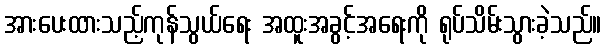
အားပေးထားသည့်ကုန်သွယ်ရေး အထူးအခွင့်အရေးကို ရုပ်သိမ်းသွားခဲ့သည်။